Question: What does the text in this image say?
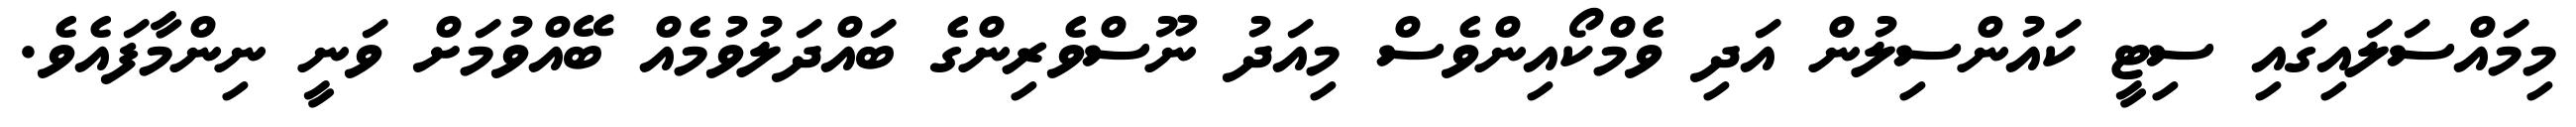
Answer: މިމައްސަލައިގައި ސިޓީ ކައުންސިލުން އަދި ވެމްކޯއިންވެސް މިއަދު ނޫސްވެރިންގެ ބައްދަލުވުމެއް ބޭއްވުމަށް ވަނީ ނިންމާފައެވެ.